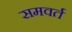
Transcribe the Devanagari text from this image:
समवर्त